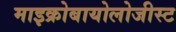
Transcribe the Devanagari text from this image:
माइक्रोबायोलोजीस्ट